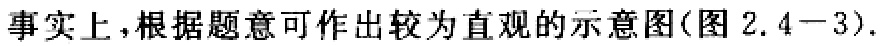
事实上，根据题意可作出较为直观的示意图(图 2.4−3).